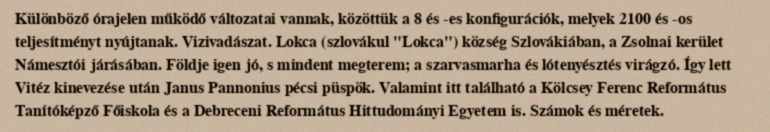
Különböző órajelen működő változatai vannak, közöttük a 8 és -es konfigurációk, melyek 2100 és -os teljesítményt nyújtanak. Vizivadászat. Lokca (szlovákul "Lokca") község Szlovákiában, a Zsolnai kerület Námesztói járásában. Földje igen jó, s mindent megterem; a szarvasmarha és lótenyésztés virágzó. Így lett Vitéz kinevezése után Janus Pannonius pécsi püspök. Valamint itt található a Kölcsey Ferenc Református Tanítóképző Főiskola és a Debreceni Református Hittudományi Egyetem is. Számok és méretek.